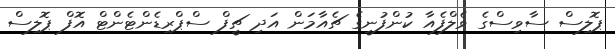
ޕޮލިސް ސާވިސްގެ ވެލްފެއާ ކުންފުނީގެ ޗެއާމަން އަދި ޗީފް ސްޕްރިޑެންޓެންޓް އޮފް ޕޮލިސް